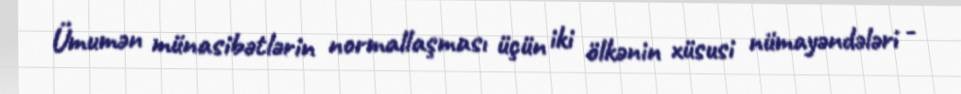
Ümumən münasibətlərin normallaşması üçün iki ölkənin xüsusi nümayəndələri -